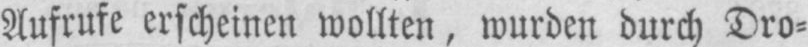
Aufrufe erscheinen wollten, wurden durch Dro⸗